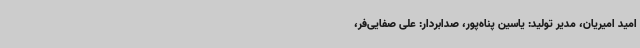
امید امیریان، مدیر تولید: یاسین پناه‌پور، صدابردار: علی صفایی‌فر،